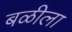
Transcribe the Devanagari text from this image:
बळीला